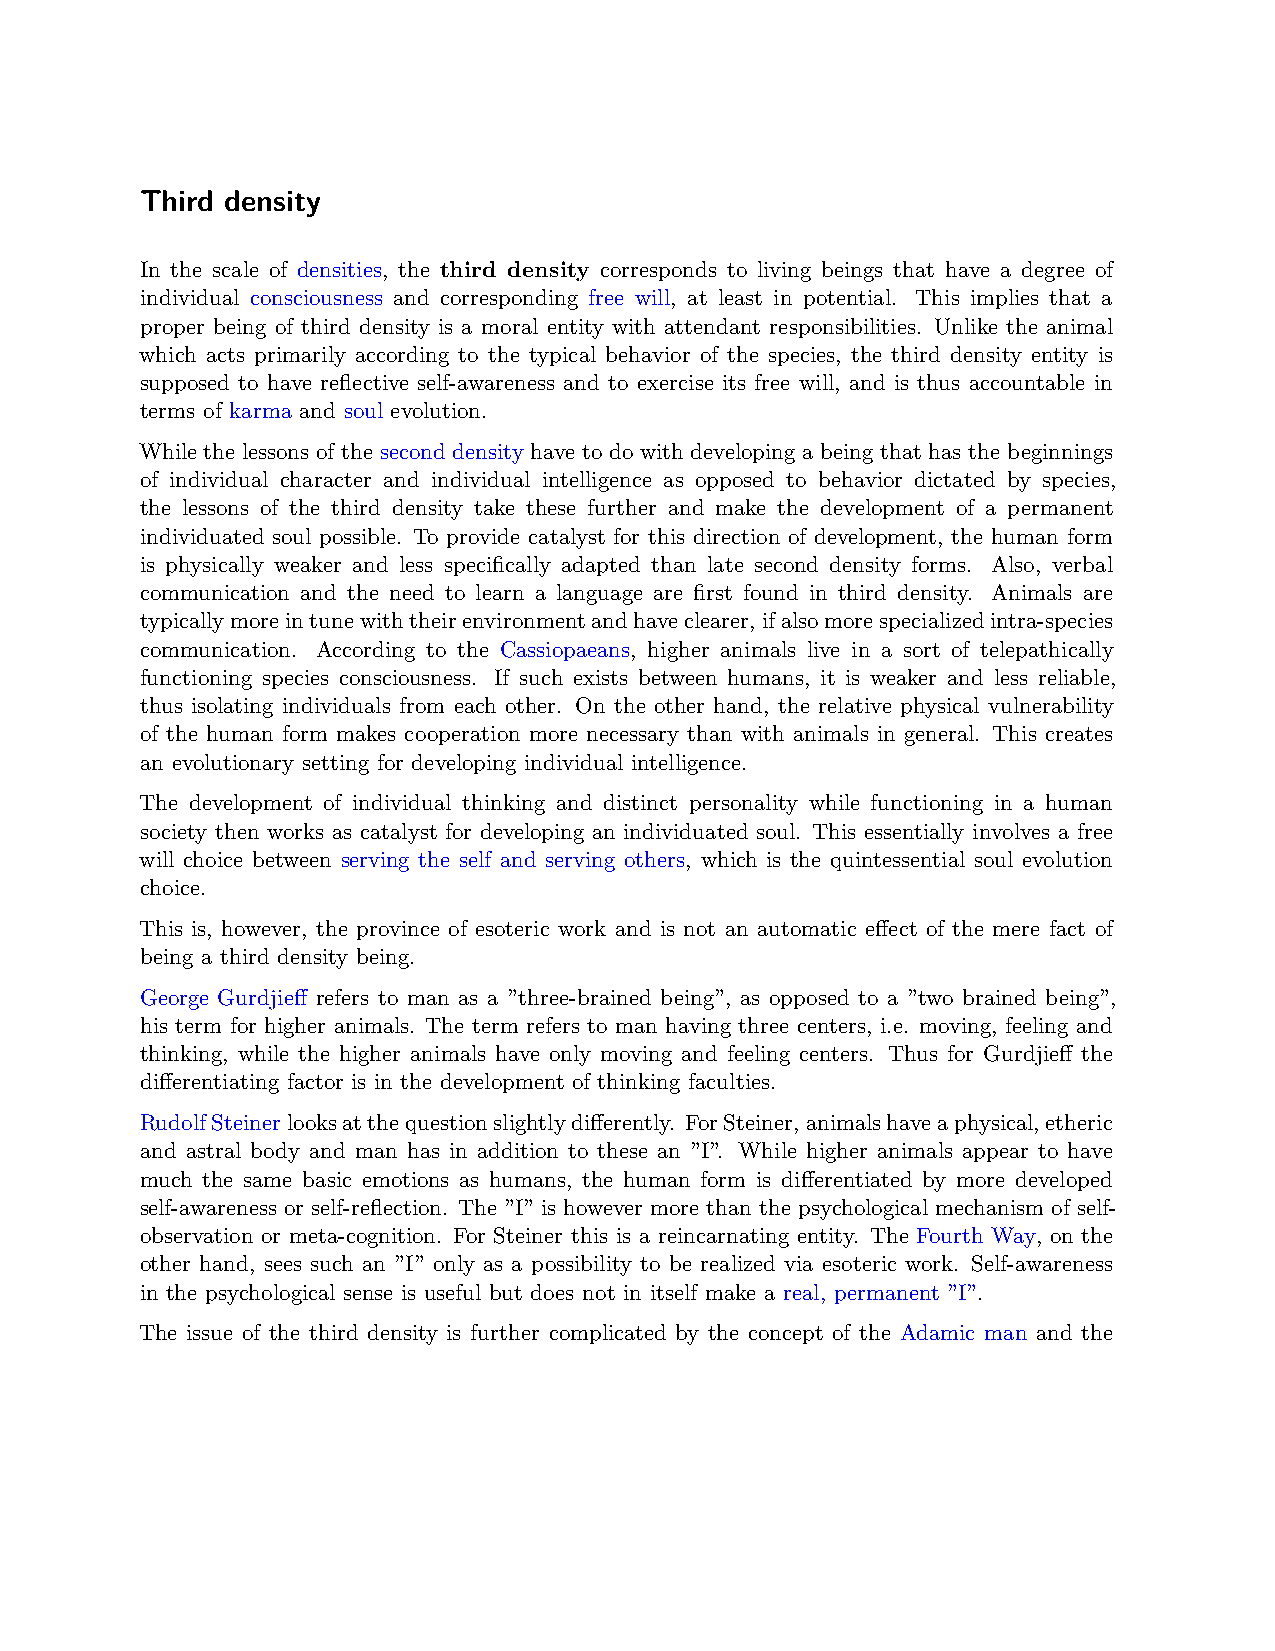
Third density
 In the scale of densities, the third density corresponds to living beings that have a degree of
 individual consciousness and corresponding free will, at least in potential. This implies that a
 proper being of third density is a moral entity with attendant responsibilities. Unlike the animal
 which acts primarily according to the typical behavior of the species, the third density entity is
 supposed to have reflective self-awareness and to exercise its free will, and is thus accountable in
 terms of karma and soul evolution.
 While the lessons of the second density have to do with developing a being that has the beginnings
 of individual character and individual intelligence as opposed to behavior dictated by species,
 the lessons of the third density take these further and make the development of a permanent
 individuated soul possible. To provide catalyst for this direction of development, the human form
 is physically weaker and less specifically adapted than late second density forms. Also, verbal
 communication and the need to learn a language are first found in third density. Animals are
 typicallymoreintunewiththeirenvironmentandhaveclearer,ifalsomorespecializedintra-species
 communication. According to the Cassiopaeans, higher animals live in a sort of telepathically
 functioning species consciousness. If such exists between humans, it is weaker and less reliable,
 thus isolating individuals from each other. On the other hand, the relative physical vulnerability
 of the human form makes cooperation more necessary than with animals in general. This creates
 an evolutionary setting for developing individual intelligence.
 The development of individual thinking and distinct personality while functioning in a human
 society then works as catalyst for developing an individuated soul. This essentially involves a free
 will choice between serving the self and serving others, which is the quintessential soul evolution
 choice.
 This is, however, the province of esoteric work and is not an automatic effect of the mere fact of
 being a third density being.
 George Gurdjieff refers to man as a ”three-brained being”, as opposed to a ”two brained being”,
 his term for higher animals. The term refers to man having three centers, i.e. moving, feeling and
 thinking, while the higher animals have only moving and feeling centers. Thus for Gurdjieff the
 differentiating factor is in the development of thinking faculties.
 RudolfSteinerlooksatthequestionslightlydifferently. ForSteiner,animalshaveaphysical,etheric
 and astral body and man has in addition to these an ”I”. While higher animals appear to have
 much the same basic emotions as humans, the human form is differentiated by more developed
 self-awareness or self-reflection. The ”I” is however more than the psychological mechanism of self-
 observation or meta-cognition. For Steiner this is a reincarnating entity. The Fourth Way, on the
 other hand, sees such an ”I” only as a possibility to be realized via esoteric work. Self-awareness
 in the psychological sense is useful but does not in itself make a real, permanent ”I”.
 The issue of the third density is further complicated by the concept of the Adamic man and the